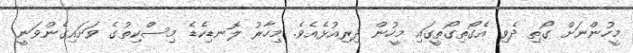
މީހުންނަށް ގޯތި ދެވި އެގޯތިގޯތީގައި މީހުން ދިރިއުޅެއެވެ. މިހާރު ލޮނޑިކެޑެ މިސްކިތުގެ ވަށައިގެންވަނީ